Reports on dispensaries and lunatic asylums in the Province of Oudh - 1869-1876
Year: 1869
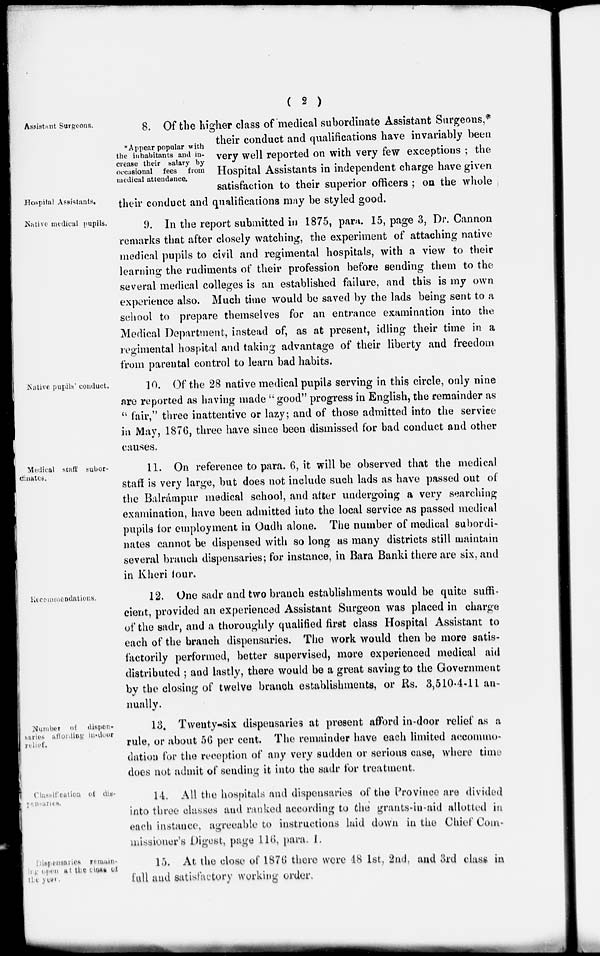
( 2 )
Assistant Surgeons.
* Appear popular with
the inhabitants and in-
crease their salary by
occasional fees
from
medical attendance.
Hospital Assistants.
8. Of the higher class of medical subordinate Assistant Surgeons,*
their conduct and qualifications have invariably been
very well reported on with very few exceptions ; the
Hospital Assistants in independent charge have given
satisfaction to their superior officers ; on the whole
their conduct and qualifications may be styled good.
Native medical pupils.
9. In the report submitted in 1875, para. 15, page 3, Dr. Cannon
remarks that after closely watching, the experiment of attaching native
medical pupils to civil and regimental hospitals, with a view to their
learning the rudiments of their profession before sending them to the
several medical colleges is an established failure, and this is my own
experience also. Much time would be saved by the lads being sent to a
school to prepare themselves for an entrance examination into the
Medical Department, instead of, as at present, idling their time in a
regimental hospital and taking advantage of their liberty and freedom
from parental control to learn bad habits.
Native pupils conduct.
10. Of the 28 native medical pupils serving in this circle, only nine
are reported as having made " good" progress in English, the remainder as
" fair," three inattentive or lazy; and of those admitted into the service
in May, 1876, three have since been dismissed for bad conduct and other
causes.
Medical staff subor-
dinates.
11. On reference to para. 6, it will be observed that the medical
staff is very large, but does not include such lads as have passed out of
the Balrámpur medical school, and after undergoing a very searching
examination, have been admitted into the local service as passed medical
pupils for employment in Oudh alone. The number of medical subordi-
nates cannot be dispensed with so long as many districts still maintain
several branch dispensaries; for instance, in Bara Banki there are six, and
in Kheri four.
Recommendations.
12. One sadr and two branch establishments would be quite suffi-
cient, provided an experienced Assistant Surgeon was placed in charge
of the sadr, and a thoroughly qualified first class Hospital Assistant to
each of the branch dispensaries. The work would then be more satis-
factorily performed, better supervised, more experienced medical aid
distributed ; and lastly, there would be a great saving to the Government
by the closing of twelve branch establishments, or Rs. 3,510-4-11 an-
nually.
Number of dispen-
saries affording in-door
relief.
13. Twenty-six dispensaries at present afford in-door relief as a
rule, or about 56 per cent. The remainder have each limited accommo-
dation for the reception of any very sudden or serious case, where time
does not admit of sending it into the sadr for treatment.
Classification of dis-
pensaries.
14. All the hospitals and dispensaries of the Province are divided
into three classes and ranked according to the grants-in-aid allotted in
each instance, agreeable to instructions laid down in the Chief Com-
missioner's Digest, page 116, para. 1.
Despensaries remain-
ing open at the close of
the year.
15. At the close of 1876 there were 18 1st, 2nd, and 3rd class in
full and satisfactory working order.